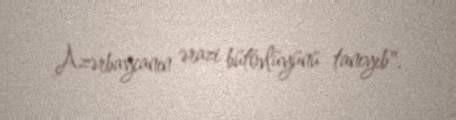
Azərbaycanın ərazi bütövlüyünü tanıyıb".